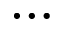
\ldots